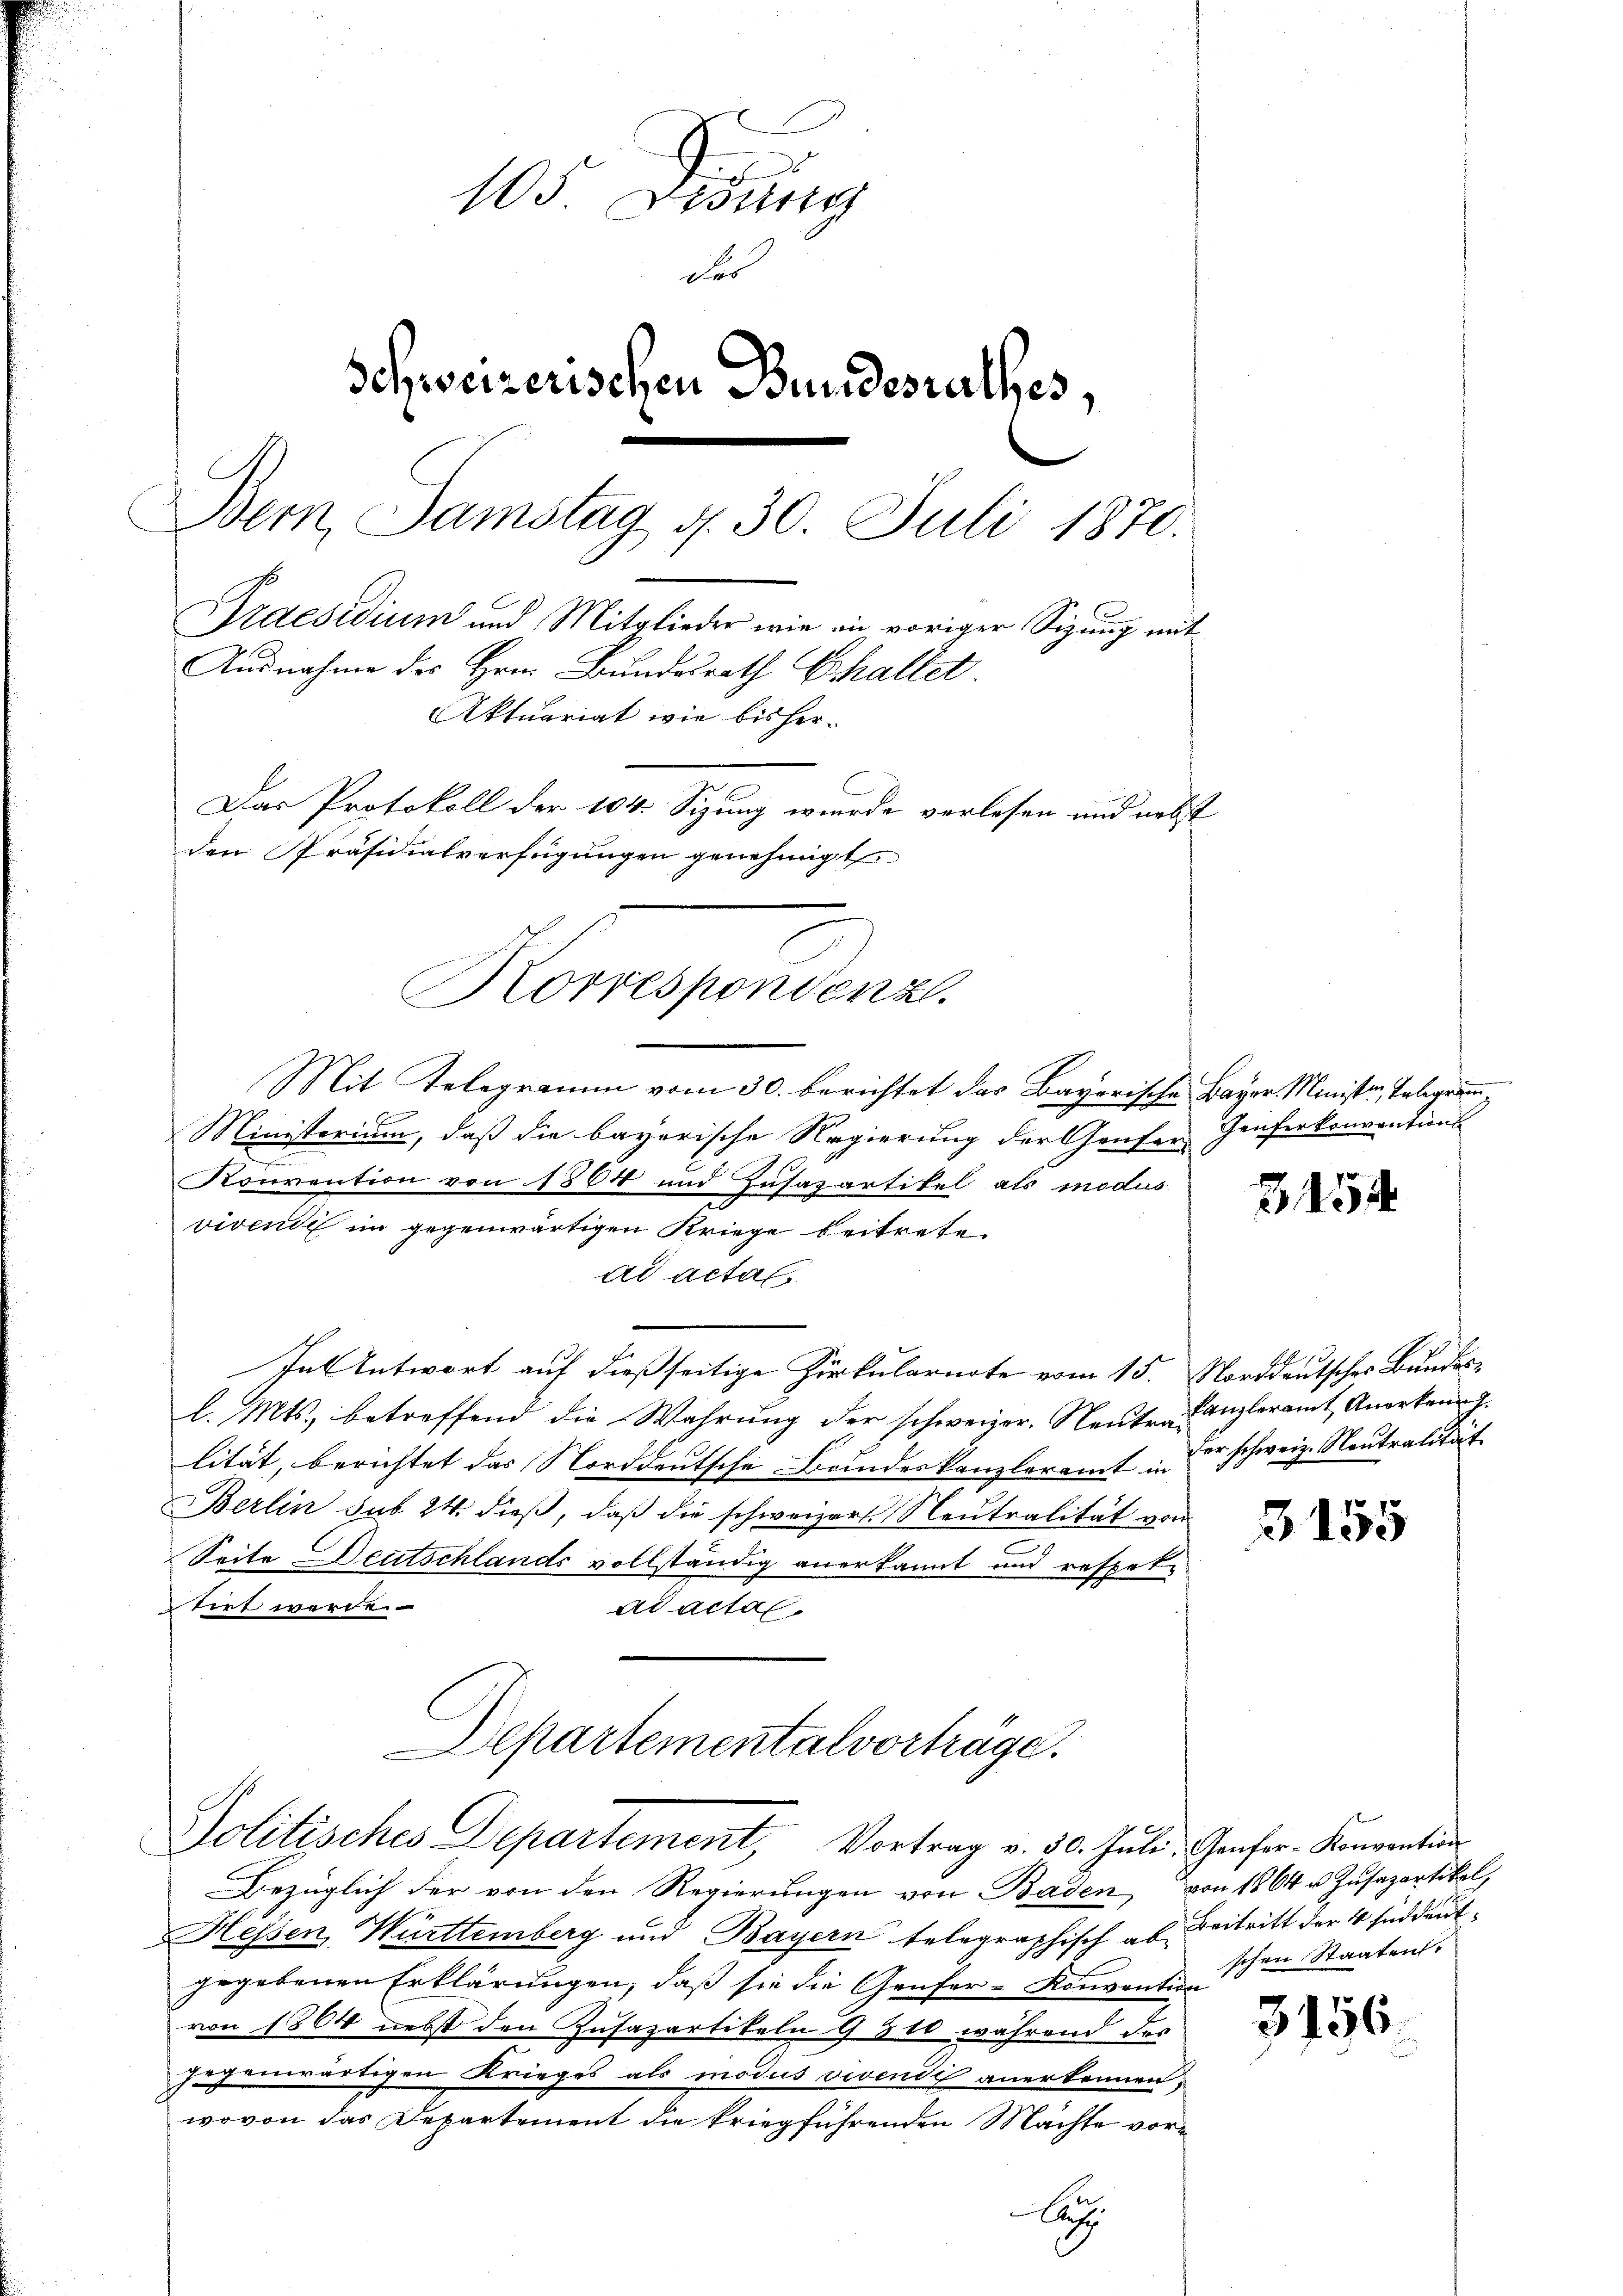
105 Zisung
des
Schweizerischen Bundesrathes,
Wem Samstag d. 30. Juli 1870.
Praesidium und Mitglieder wie in voriger Sigung mit
Ausnahme des Hrn. Bundesrath Erhaltet.
Aktuariat wie bisher¬
Das Protokoll der 104. Sizung wurde verlesen und nebst
den Präsidialverfügungen genehmigt

Korrespondenz.

Mit Telegramm vom 30. berichtet das Bayerische Bayer Minister, Telegram¬
Ministerium, daß die bayerische Regierung der Genfer Genferkonventions-
d
Konvention von 1804 und Zusazartikel als modus
vivende im gegenwärtigen Kriege beitrete.
ad actal
In Antwort auf dießseitige Zirkularirte vom 15. Norddeutscher Bundesl. Mts., betreffend die Wahrung der schweizer. Neutralität, berichtet das Norddeutsche Bandeskanzleramt er schweiz. Neutralität
BBerlin sub 24. dieß, daß die schweizers Neutralität vom
Seite Deutschlands vollständig anerkannt und respek-
tirt werde.
ad actal.
Departementalvorträge.
Politisches Departement, Vortrag v. 30. Juli, Genfer- Konvention
Bezüglich der von den Regierungen von Baden, von 1864 u. Zusazartikel,
Hessen, Württemberg und Bayern telegraphisch ab Beitritt der 4 süddeutgegebenen Erklärungen, daß sie die Genfer- Konvention
von 1864 nebst den Zusazartikeln 9 310 während des
gegenwärtigen Krieges als modus vivendi anerkennen,
wovon das Departement die kriegführenden Machte vor¬

A

3454

kanzleramt Anerkennt.

3155

schen Staaten.

3156